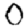
Digit: 0